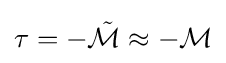
\tau =-{\tilde {\mathcal {M}}}\approx -{\mathcal {M}}